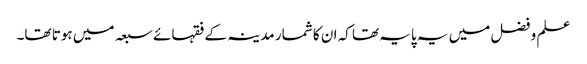
علم و فضل میں یہ پایہ تھا کہ ان کا شمار مدینہ کے فقہائے سبعہ میں ہوتا تھا۔